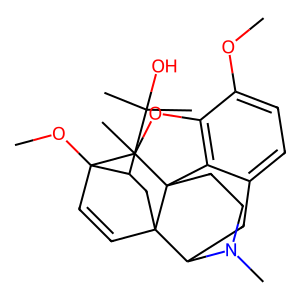
SMILES: COc1ccc2c3c1OC1(C)C4(OC)C=CC5(CC4C(C)(C)O)C(C2)N(C)CCC351
Inhibits HIV replication: No